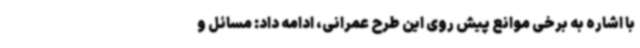
با اشاره به برخی موانع پیش روی این طرح عمرانی، ادامه داد: مسائل و